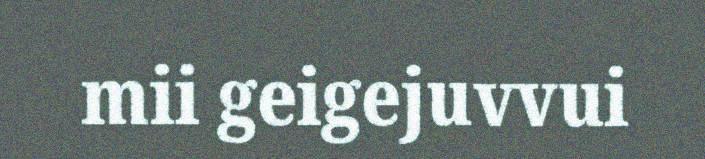
mii geigejuvvui